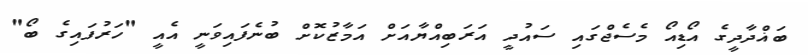
ބަޣްދާދީގެ އޯޑިއޯ މެސެޖްގައި ސައުދީ އަރަބިއްޔާއަށް އަމާޒުކޮށް ބުނެފައިވަނީ އެއީ "ހަރުފައިގެ ބޯ"